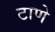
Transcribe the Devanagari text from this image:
टाणे